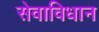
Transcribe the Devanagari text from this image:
सेवाविधान